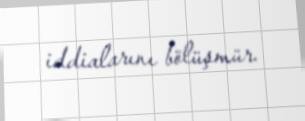
iddialarını bölüşmür.